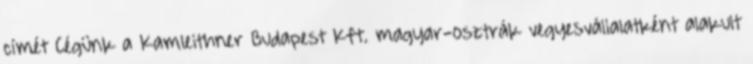
címét Cégünk a Kamleithner Budapest Kft. magyar-osztrák vegyesvállalatként alakult